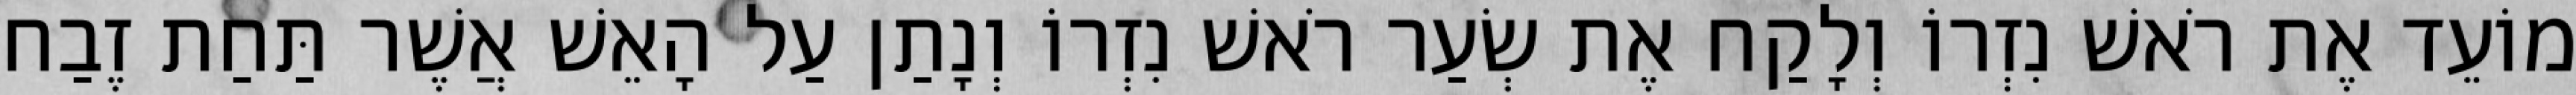
מוֹעֵד אֶת רֹאשׁ נִזְרוֹ וְלָקַח אֶת שְׂעַר רֹאשׁ נִזְרוֹ וְנָתַן עַל הָאֵשׁ אֲשֶׁר תַּחַת זֶבַח